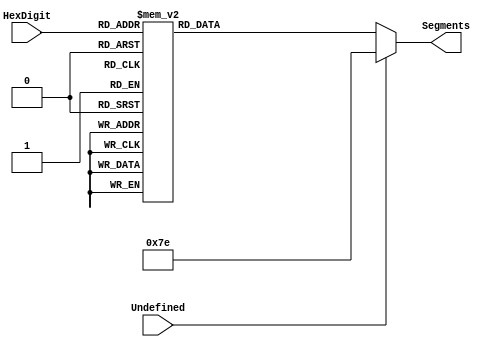
`timescale 1ns / 1ps
`ifndef LIB_STYCZYNSKI_SEGMENT_LED_HEX_DECODER_V
`define LIB_STYCZYNSKI_SEGMENT_LED_HEX_DECODER_V


/*
 * Piotr Styczyski @styczynski
 * Verilog Components Library
 *
 * 8-segment led hex decoder
 * 
 *
 * MIT License
 */
module SegmentLedHexDecoder
(
    input [3:0] HexDigit,
    input Undefined,
    output reg [6:0] Segments
);

    always @(*)
    begin
        if(Undefined)
            begin
                Segments = 7'b111_1110;
            end
        else
            begin
                case (HexDigit)
                    4'h0: Segments = 7'b000_0001;
                    4'h1: Segments = 7'b111_1001;
                    4'h2: Segments = 7'b001_0010;
                    4'h3: Segments = 7'b000_0110;
                    4'h4: Segments = 7'b100_1100;
                    4'h5: Segments = 7'b010_0100;
                    4'h6: Segments = 7'b010_0000;
                    4'h7: Segments = 7'b000_1111;
                    4'h8: Segments = 7'b000_0000;
                    4'h9: Segments = 7'b000_0100;
                    4'hA: Segments = 7'b111_1111;
                    4'hB: Segments = 7'b111_1111;
                    4'hC: Segments = 7'b111_1111;
                    4'hD: Segments = 7'b111_1111;
                    4'hE: Segments = 7'b111_1111;
                    4'hF: Segments = 7'b111_1111;
                    default: Segments = 7'b111_1111;
                endcase
            end
    end
endmodule

`endif